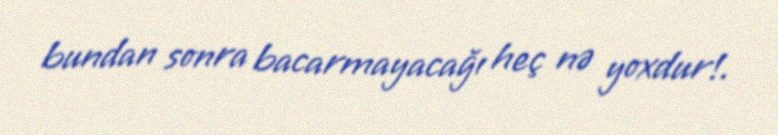
bundan sonra bacarmayacağı heç nə yoxdur!.